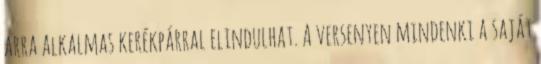
arra alkalmas kerékpárral elindulhat. A versenyen mindenki a saját